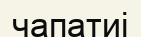
чапатиі